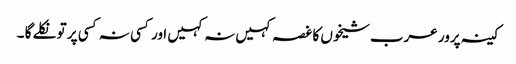
کینہ پرور عرب شیخوں کا غصہ کہیں نہ کہیں اور کسی نہ کسی پر تو نکلے گا ۔